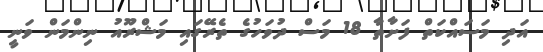
އަދި މަސައްކަތް ފަށާތާ 18 މަސް ދުވަހުގެ ތެރޭގައި މަޝްރޫއު ނިންމަން ވަނީ